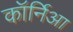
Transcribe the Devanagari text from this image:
कॉर्निआ